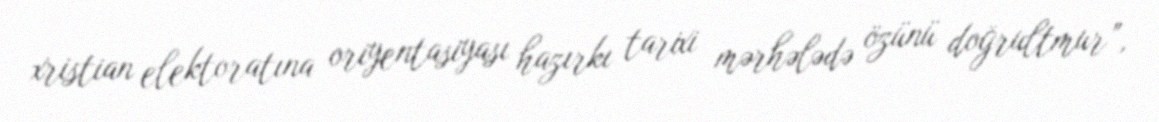
xristian elektoratına oriyentasiyası hazırkı tarixi mərhələdə özünü doğrultmur”,